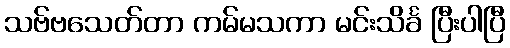
သဗ်ဗသေတ်တာ ကမ်မသကာ မင်းသိင်္ခ ပြီးပါပြီ